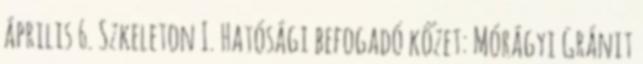
április 6. Szkeleton I. Hatósági befogadó kőzet: Mórágyi Gránit